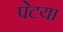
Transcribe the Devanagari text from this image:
पेटया